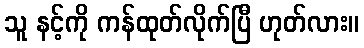
သူ နင့်ကို ကန်ထုတ်လိုက်ပြီ ဟုတ်လား။